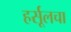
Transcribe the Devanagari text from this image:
हर्सूलचा